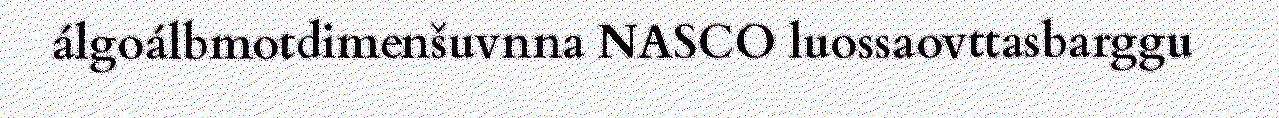
álgoálbmotdimenšuvnna NASCO luossaovttasbarggu